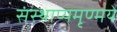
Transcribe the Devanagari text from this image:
संस्थाप्यमृण्मये